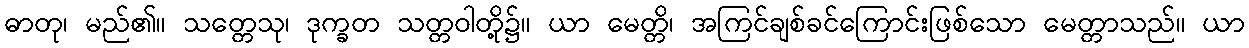
ဓာတု၊ မည်၏။ သတ္တေသု၊ ဒုက္ခတ သတ္တဝါတို့၌။ ယာ မေတ္တိ၊ အကြင်ချစ်ခင်ကြောင်းဖြစ်သော မေတ္တာသည်။ ယာ